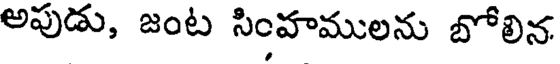
అపుడు, జంట సింహములను బోలిన